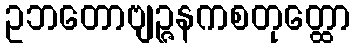
ဥဘတောဗျဉ္ဇနကစတုတ္ထော